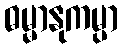
ဓမ္မာနုကမ္ပာ